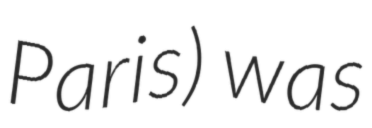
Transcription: Paris) was